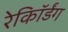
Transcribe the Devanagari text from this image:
रेकॉिर्डंग